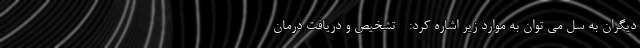
دیگران به سل می توان به موارد زیر اشاره کرد: - تشخیص و دریافت درمان